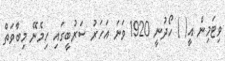
ވިޓަމިން އީ( ) ހޯދުނީ 1920 ވަނަ އަހަރު ސަރުބީގައި ހިމެނޭ މިބާވަތް